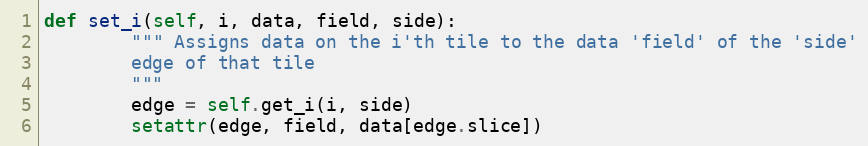
Language: Python
def set_i(self, i, data, field, side):
        """ Assigns data on the i'th tile to the data 'field' of the 'side'
        edge of that tile
        """
        edge = self.get_i(i, side)
        setattr(edge, field, data[edge.slice])